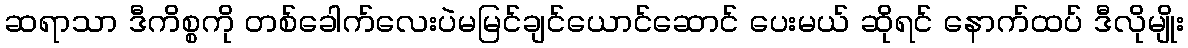
ဆရာသာ ဒီကိစ္စကို တစ်ခေါက်လေးပဲမမြင်ချင်ယောင်ဆောင် ပေးမယ် ဆိုရင် နောက်ထပ် ဒီလိုမျိုး